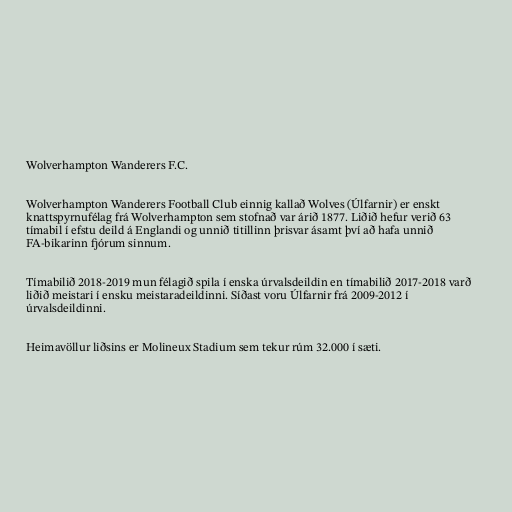
Wolverhampton Wanderers F.C.

Wolverhampton Wanderers Football Club einnig kallað Wolves (Úlfarnir) er enskt
knattspyrnufélag frá Wolverhampton sem stofnað var árið 1877. Liðið hefur verið 63
tímabil í efstu deild á Englandi og unnið titillinn þrisvar ásamt því að hafa unnið
FA-bikarinn fjórum sinnum.

Tímabilið 2018-2019 mun félagið spila í enska úrvalsdeildin en tímabilið 2017-2018 varð
liðið meistari í ensku meistaradeildinni. Síðast voru Úlfarnir frá 2009-2012 í
úrvalsdeildinni.

Heimavöllur liðsins er Molineux Stadium sem tekur rúm 32.000 í sæti.